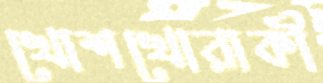
খোশখোরাকী